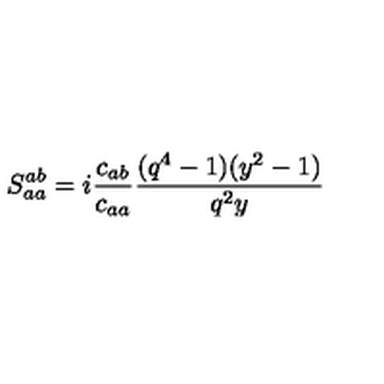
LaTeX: \displaystyle S _ { a a } ^ { a b } = i \frac { c _ { a b } } { c _ { a a } } \frac { ( q ^ { 4 } - 1 ) ( y ^ { 2 } - 1 ) } { q ^ { 2 } y }